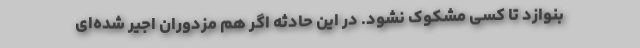
بنوازد تا کسی مشکوک نشود. در این حادثه اگر هم مزدوران اجیر شده‌ای